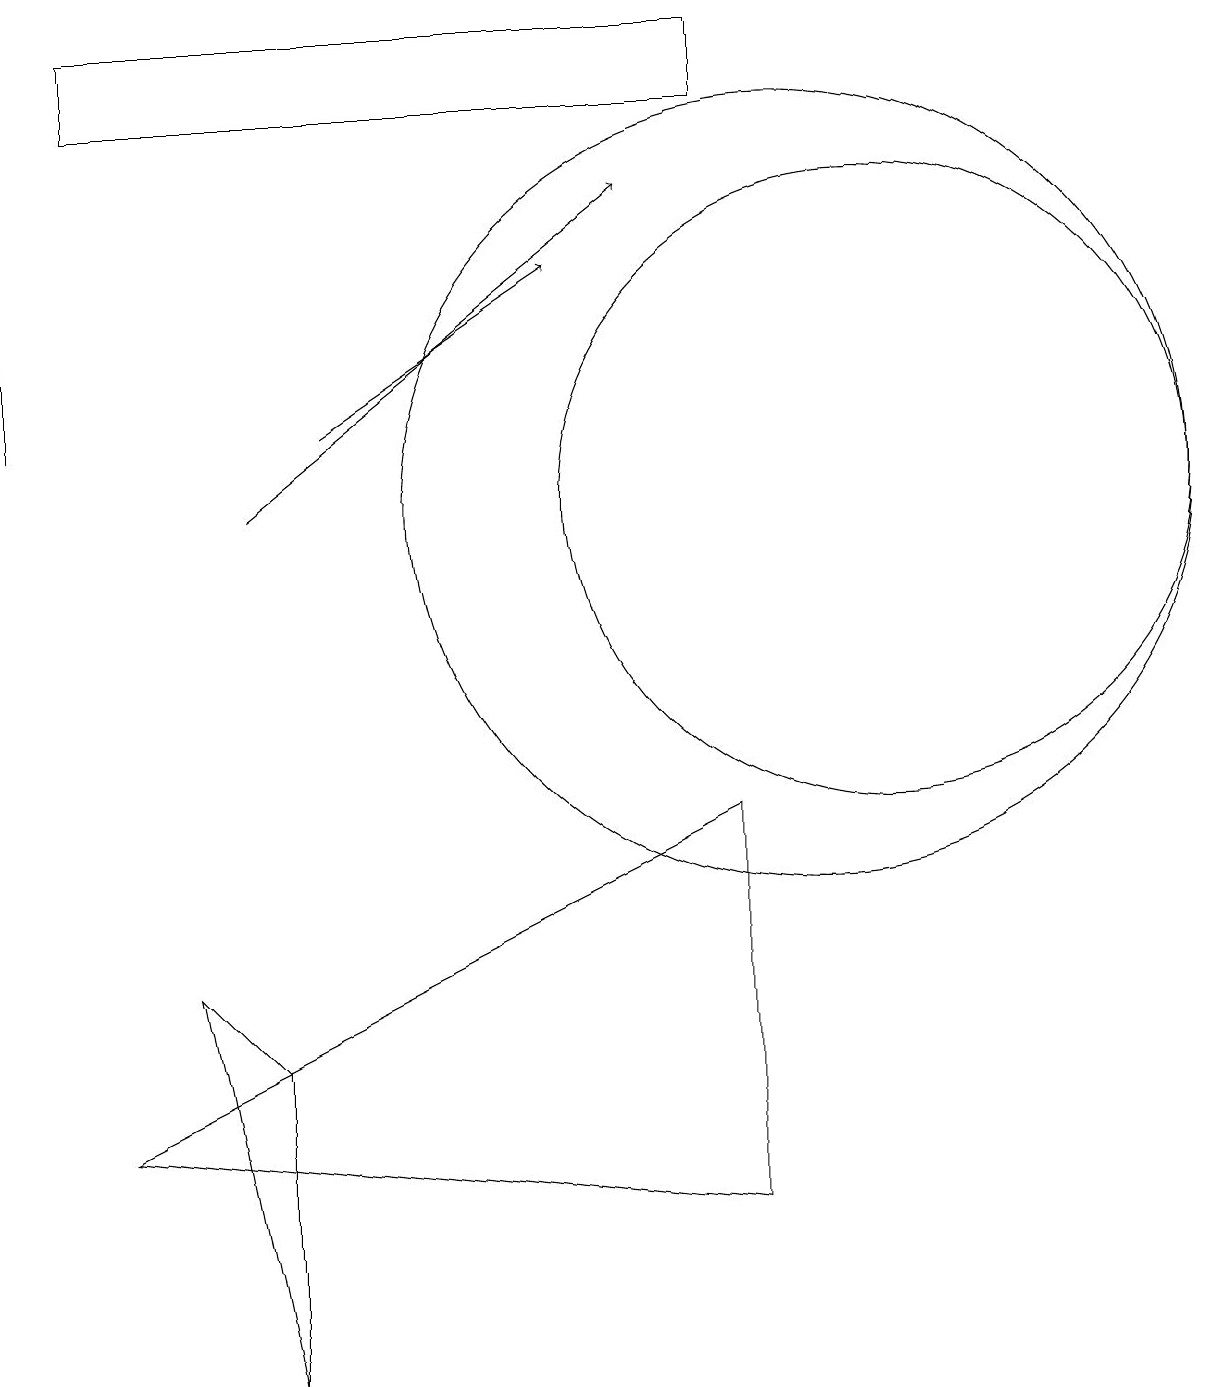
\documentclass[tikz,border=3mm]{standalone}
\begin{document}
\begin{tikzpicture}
\draw (3,0) -- (3,4) -- (2,5) -- cycle;
\draw (10,11) circle (5);
\draw (11,11) circle (4);
\draw (9,16) rectangle (1,17);
\draw (1,3) -- (9,2) -- (9,7) -- cycle;
\draw (0,14) rectangle (0,12);
\draw[->] (3,11) -- (8,15);
\draw[->] (4,12) -- (7,14);
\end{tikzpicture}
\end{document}